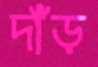
দাঁড়